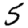
Digit: 5